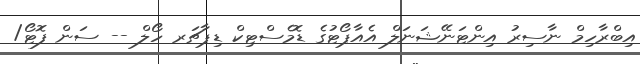
އިބްރާހިމް ނާސިރު އިންޓަނޭޝަނަލް އެއާޕޯޓުގެ ޑޮމެސްޓިކް ޑިޕާޗަރ ހޯލް -- ސަން ފޮޓޯ/